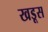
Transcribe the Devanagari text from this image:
खडूस